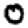
Digit: 0